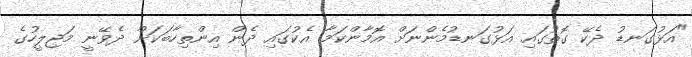
"އަޅުގަނޑު ދެކޭ ގޮތުގައި އަޅުގަނޑުމެންނަށް އޮމާންކަމާ އެކުގައި ދެން އިންތިހާބަކަށް ދެވޭނީ މަޖިލީހުގެ